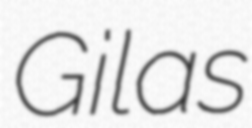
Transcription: Gilas